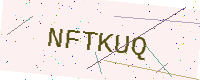
Text: NFTKUQ